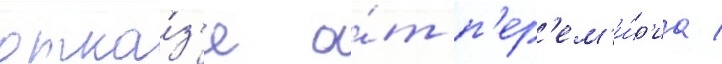
отка́з'е о́т п'ер'ем'и́р'иа /